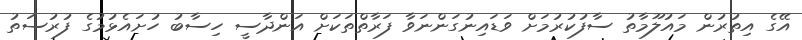
އޭގެ އިތުރުން މައުލޫމާތު ސާފުކުރުމަށް ވަޑައިނުގަންނަވާ ފަރާތްތަކަށް އަންދާސީ ހިސާބު ހުށައެޅުމުގެ ފުރުސަތު